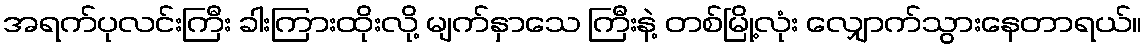
အရက်ပုလင်းကြီး ခါးကြားထိုးလို့ မျက်နှာသေ ကြီးနဲ့ တစ်မြို့လုံး လျှောက်သွားနေတာရယ်။